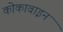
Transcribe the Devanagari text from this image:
कोकावाइन